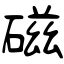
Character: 磁